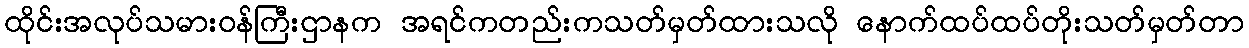
ထိုင်းအလုပ်သမားဝန်ကြီးဌာနက အရင်ကတည်းကသတ်မှတ်ထားသလို နောက်ထပ်ထပ်တိုးသတ်မှတ်တာ